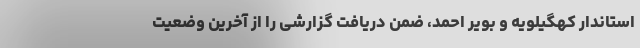
استاندار کهگیلویه و بویر احمد، ضمن دریافت گزارشی را از آخرین وضعیت